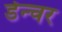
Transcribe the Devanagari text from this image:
डेन्चर